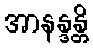
အာနန္ဒန္တိ